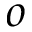
o